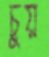
চুয়